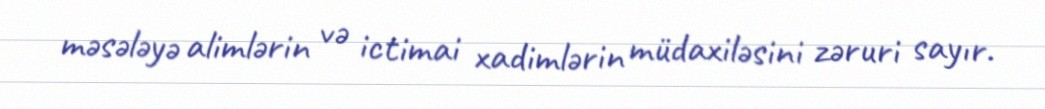
məsələyə alimlərin və ictimai xadimlərin müdaxiləsini zəruri sayır.